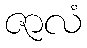
ဇာလံ